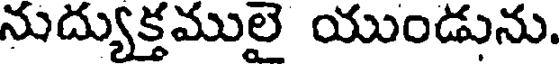
నుద్యుక్తములై యుండును.